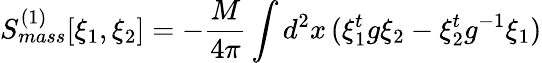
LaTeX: S_{mass}^{(1)}[\xi_{1},\xi_{2}]=-\frac{M}{4\pi}\int d^{2}x\, (\xi_{1}^{t}g\xi_{2}-\xi_{2}^{t}g^{-1}\xi_{1})